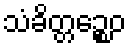
သံခိတ္တဉ္စေဝ